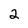
Character: 2